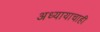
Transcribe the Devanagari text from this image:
अध्यायाचाही